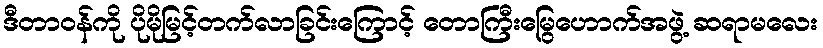
ဒီတာဝန်ကို ပိုမိုမြင့်တက်လာခြင်းကြောင့် တောကြီးမြွေဟောက်အဖွဲ့ ဆရာမလေး